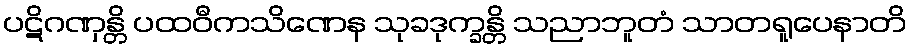
ပဋိဂဏှန္တိ ပထဝီကသိဏေန သုခဒုက္ခန္တိ သညာဘူတံ သာတရူပေနာတိ